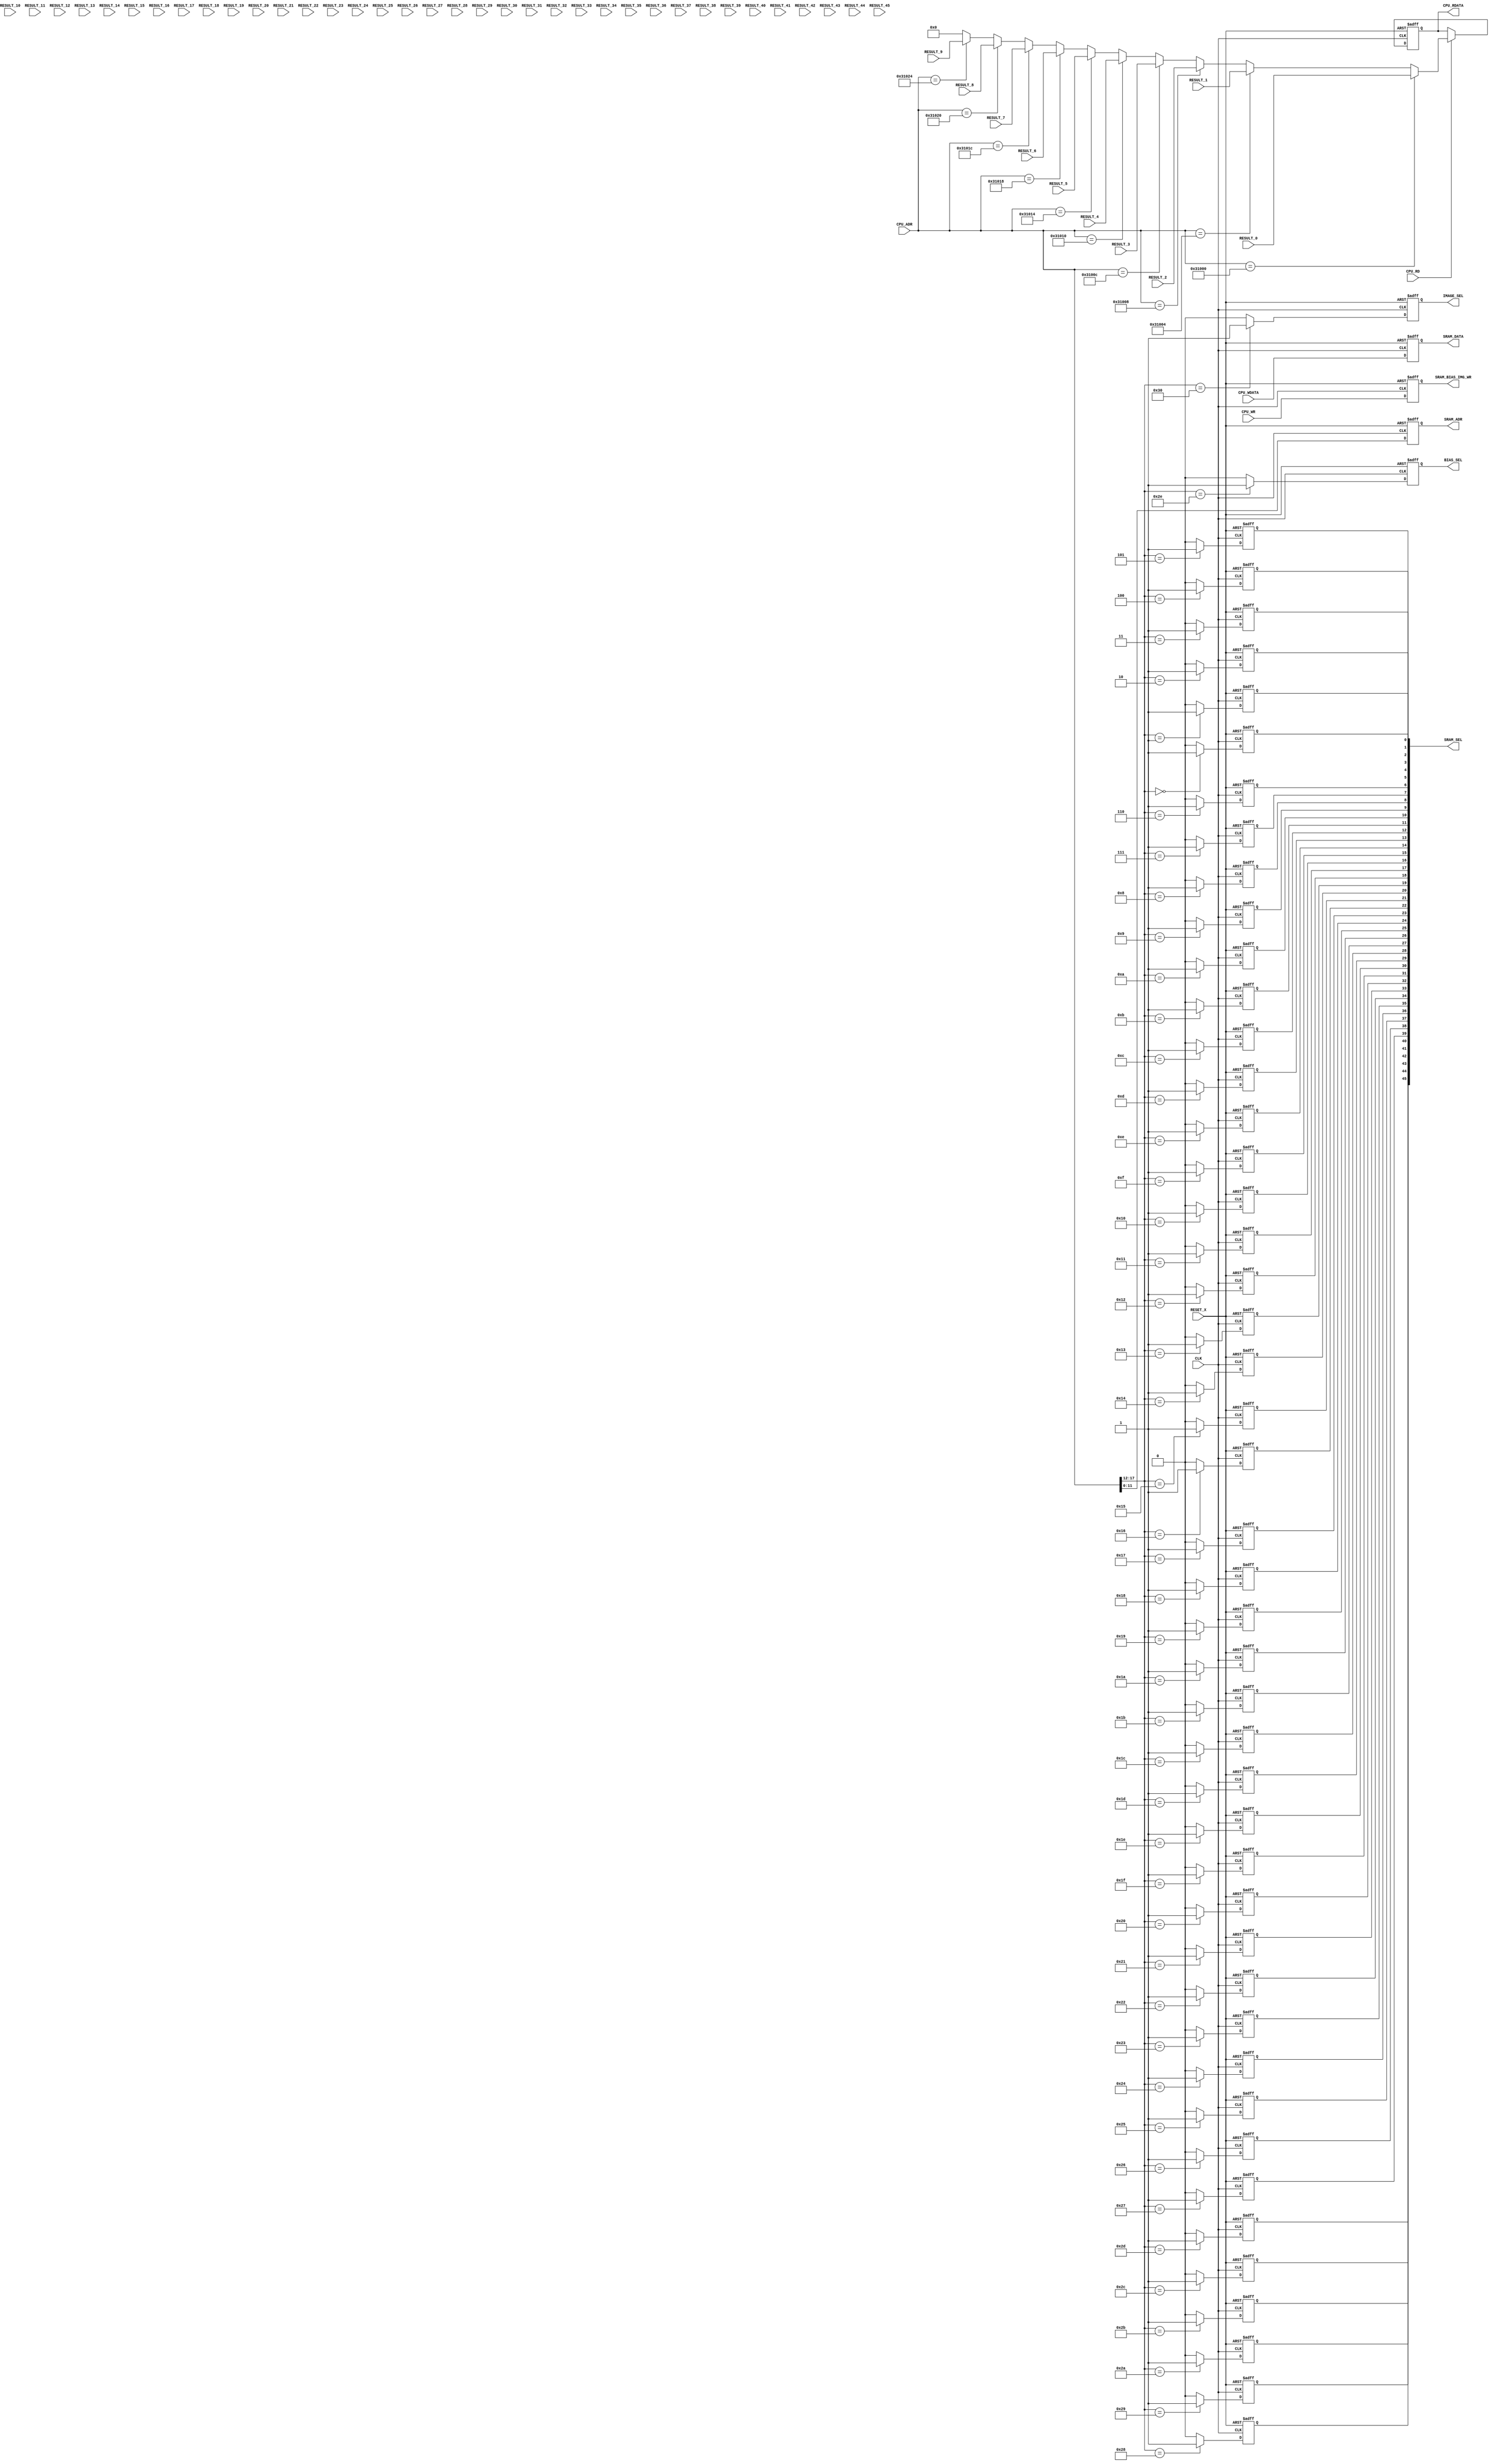
module cpu_if
  (
   input 	     CLK,
   input 	     RESET_X,

   input 	     CPU_WR,
   input 	     CPU_RD,
   input [17:0]      CPU_ADR,
   input [31:0]      CPU_WDATA,
   output reg [31:0] CPU_RDATA,

   output reg [11:0] SRAM_ADR,
   output reg [45:0] SRAM_SEL,
   output reg 	     BIAS_SEL,
   output reg 	     IMAGE_SEL,
   output reg 	     SRAM_BIAS_IMG_WR,
   output reg [31:0] SRAM_DATA,
   
   input [31:0]      RESULT_0,
   input [31:0]      RESULT_1,
   input [31:0]      RESULT_2,
   input [31:0]      RESULT_3,
   input [31:0]      RESULT_4,
   input [31:0]      RESULT_5,
   input [31:0]      RESULT_6,
   input [31:0]      RESULT_7,
   input [31:0]      RESULT_8,
   input [31:0]      RESULT_9,
   input [31:0]      RESULT_10,
   input [31:0]      RESULT_11,
   input [31:0]      RESULT_12,
   input [31:0]      RESULT_13,
   input [31:0]      RESULT_14,
   input [31:0]      RESULT_15,
   input [31:0]      RESULT_16,
   input [31:0]      RESULT_17,
   input [31:0]      RESULT_18,
   input [31:0]      RESULT_19,
   input [31:0]      RESULT_20,
   input [31:0]      RESULT_21,
   input [31:0]      RESULT_22,
   input [31:0]      RESULT_23,
   input [31:0]      RESULT_24,
   input [31:0]      RESULT_25,
   input [31:0]      RESULT_26,
   input [31:0]      RESULT_27,
   input [31:0]      RESULT_28,
   input [31:0]      RESULT_29,
   input [31:0]      RESULT_30,
   input [31:0]      RESULT_31,
   input [31:0]      RESULT_32,
   input [31:0]      RESULT_33,
   input [31:0]      RESULT_34,
   input [31:0]      RESULT_35,
   input [31:0]      RESULT_36,
   input [31:0]      RESULT_37,
   input [31:0]      RESULT_38,
   input [31:0]      RESULT_39, 
   input [31:0]      RESULT_40,
   input [31:0]      RESULT_41,
   input [31:0]      RESULT_42,
   input [31:0]      RESULT_43,
   input [31:0]      RESULT_44,
   input [31:0]      RESULT_45
   );

   always @(posedge CLK or negedge RESET_X)begin
      if(RESET_X == 0)begin
	 SRAM_SEL[0] <= 0;
      end else if (CPU_ADR[17:12] == 6'h00)begin
	 SRAM_SEL[0] <= 1;
      end else begin
	 SRAM_SEL[0] <= 0;
      end
   end

   always @(posedge CLK or negedge RESET_X)begin
      if(RESET_X == 0)begin
	 SRAM_SEL[1] <= 0;
      end else if (CPU_ADR[17:12] == 6'h01)begin
	 SRAM_SEL[1] <= 1;
      end else begin
	 SRAM_SEL[1] <= 0;
      end
   end

   always @(posedge CLK or negedge RESET_X)begin
      if(RESET_X == 0)begin
	 SRAM_SEL[2] <= 0;
      end else if (CPU_ADR[17:12] == 6'h02)begin
	 SRAM_SEL[2] <= 1;
      end else begin
	 SRAM_SEL[2] <= 0;
      end
   end

   always @(posedge CLK or negedge RESET_X)begin
      if(RESET_X == 0)begin
	 SRAM_SEL[3] <= 0;
      end else if (CPU_ADR[17:12] == 6'h03)begin
	 SRAM_SEL[3] <= 1;
      end else begin
	 SRAM_SEL[3] <= 0;
      end
   end

   always @(posedge CLK or negedge RESET_X)begin
      if(RESET_X == 0)begin
	 SRAM_SEL[4] <= 0;
      end else if (CPU_ADR[17:12] == 6'h04)begin
	 SRAM_SEL[4] <= 1;
      end else begin
	 SRAM_SEL[4] <= 0;
      end
   end

   always @(posedge CLK or negedge RESET_X)begin
      if(RESET_X == 0)begin
	 SRAM_SEL[5] <= 0;
      end else if (CPU_ADR[17:12] == 6'h05)begin
	 SRAM_SEL[5] <= 1;
      end else begin
	 SRAM_SEL[5] <= 0;
      end
   end

   always @(posedge CLK or negedge RESET_X)begin
      if(RESET_X == 0)begin
	 SRAM_SEL[6] <= 0;
      end else if (CPU_ADR[17:12] == 6'h06)begin
	 SRAM_SEL[6] <= 1;
      end else begin
	 SRAM_SEL[6] <= 0;
      end
   end

   always @(posedge CLK or negedge RESET_X)begin
      if(RESET_X == 0)begin
	 SRAM_SEL[7] <= 0;
      end else if (CPU_ADR[17:12] == 6'h07)begin
	 SRAM_SEL[7] <= 1;
      end else begin
	 SRAM_SEL[7] <= 0;
      end
   end

   always @(posedge CLK or negedge RESET_X)begin
      if(RESET_X == 0)begin
	 SRAM_SEL[8] <= 0;
      end else if (CPU_ADR[17:12] == 6'h08)begin
	 SRAM_SEL[8] <= 1;
      end else begin
	 SRAM_SEL[8] <= 0;
      end
   end

   always @(posedge CLK or negedge RESET_X)begin
      if(RESET_X == 0)begin
	 SRAM_SEL[9] <= 0;
      end else if (CPU_ADR[17:12] == 6'h09)begin
	 SRAM_SEL[9] <= 1;
      end else begin
	 SRAM_SEL[9] <= 0;
      end
   end

   always @(posedge CLK or negedge RESET_X)begin
      if(RESET_X == 0)begin
	 SRAM_SEL[10] <= 0;
      end else if (CPU_ADR[17:12] == 6'h0a)begin
	 SRAM_SEL[10] <= 1;
      end else begin
	 SRAM_SEL[10] <= 0;
      end
   end

   always @(posedge CLK or negedge RESET_X)begin
      if(RESET_X == 0)begin
	 SRAM_SEL[11] <= 0;
      end else if (CPU_ADR[17:12] == 6'h0b)begin
	 SRAM_SEL[11] <= 1;
      end else begin
	 SRAM_SEL[11] <= 0;
      end
   end

   always @(posedge CLK or negedge RESET_X)begin
      if(RESET_X == 0)begin
	 SRAM_SEL[12] <= 0;
      end else if (CPU_ADR[17:12] == 6'h0c)begin
	 SRAM_SEL[12] <= 1;
      end else begin
	 SRAM_SEL[12] <= 0;
      end
   end

   always @(posedge CLK or negedge RESET_X)begin
      if(RESET_X == 0)begin
	 SRAM_SEL[13] <= 0;
      end else if (CPU_ADR[17:12] == 6'h0d)begin
	 SRAM_SEL[13] <= 1;
      end else begin
	 SRAM_SEL[13] <= 0;
      end
   end

   always @(posedge CLK or negedge RESET_X)begin
      if(RESET_X == 0)begin
	 SRAM_SEL[14] <= 0;
      end else if (CPU_ADR[17:12] == 6'h0e)begin
	 SRAM_SEL[14] <= 1;
      end else begin
	 SRAM_SEL[14] <= 0;
      end
   end

   always @(posedge CLK or negedge RESET_X)begin
      if(RESET_X == 0)begin
	 SRAM_SEL[15] <= 0;
      end else if (CPU_ADR[17:12] == 6'h0f)begin
	 SRAM_SEL[15] <= 1;
      end else begin
	 SRAM_SEL[15] <= 0;
      end
   end

   always @(posedge CLK or negedge RESET_X)begin
      if(RESET_X == 0)begin
	 SRAM_SEL[16] <= 0;
      end else if (CPU_ADR[17:12] == 6'h10)begin
	 SRAM_SEL[16] <= 1;
      end else begin
	 SRAM_SEL[16] <= 0;
      end
   end

   always @(posedge CLK or negedge RESET_X)begin
      if(RESET_X == 0)begin
	 SRAM_SEL[17] <= 0;
      end else if (CPU_ADR[17:12] == 6'h11)begin
	 SRAM_SEL[17] <= 1;
      end else begin
	 SRAM_SEL[17] <= 0;
      end
   end

   always @(posedge CLK or negedge RESET_X)begin
      if(RESET_X == 0)begin
	 SRAM_SEL[18] <= 0;
      end else if (CPU_ADR[17:12] == 6'h12)begin
	 SRAM_SEL[18] <= 1;
      end else begin
	 SRAM_SEL[18] <= 0;
      end
   end

   always @(posedge CLK or negedge RESET_X)begin
      if(RESET_X == 0)begin
	 SRAM_SEL[19] <= 0;
      end else if (CPU_ADR[17:12] == 6'h13)begin
	 SRAM_SEL[19] <= 1;
      end else begin
	 SRAM_SEL[19] <= 0;
      end
   end

   always @(posedge CLK or negedge RESET_X)begin
      if(RESET_X == 0)begin
	 SRAM_SEL[20] <= 0;
      end else if (CPU_ADR[17:12] == 6'h14)begin
	 SRAM_SEL[20] <= 1;
      end else begin
	 SRAM_SEL[20] <= 0;
      end
   end

   always @(posedge CLK or negedge RESET_X)begin
      if(RESET_X == 0)begin
	 SRAM_SEL[21] <= 0;
      end else if (CPU_ADR[17:12] == 6'h15)begin
	 SRAM_SEL[21] <= 1;
      end else begin
	 SRAM_SEL[21] <= 0;
      end
   end

   always @(posedge CLK or negedge RESET_X)begin
      if(RESET_X == 0)begin
	 SRAM_SEL[22] <= 0;
      end else if (CPU_ADR[17:12] == 6'h16)begin
	 SRAM_SEL[22] <= 1;
      end else begin
	 SRAM_SEL[22] <= 0;
      end
   end

   always @(posedge CLK or negedge RESET_X)begin
      if(RESET_X == 0)begin
	 SRAM_SEL[23] <= 0;
      end else if (CPU_ADR[17:12] == 6'h17)begin
	 SRAM_SEL[23] <= 1;
      end else begin
	 SRAM_SEL[23] <= 0;
      end
   end

   always @(posedge CLK or negedge RESET_X)begin
      if(RESET_X == 0)begin
	 SRAM_SEL[24] <= 0;
      end else if (CPU_ADR[17:12] == 6'h18)begin
	 SRAM_SEL[24] <= 1;
      end else begin
	 SRAM_SEL[24] <= 0;
      end
   end

   always @(posedge CLK or negedge RESET_X)begin
      if(RESET_X == 0)begin
	 SRAM_SEL[25] <= 0;
      end else if (CPU_ADR[17:12] == 6'h19)begin
	 SRAM_SEL[25] <= 1;
      end else begin
	 SRAM_SEL[25] <= 0;
      end
   end

   always @(posedge CLK or negedge RESET_X)begin
      if(RESET_X == 0)begin
	 SRAM_SEL[26] <= 0;
      end else if (CPU_ADR[17:12] == 6'h1a)begin
	 SRAM_SEL[26] <= 1;
      end else begin
	 SRAM_SEL[26] <= 0;
      end
   end

   always @(posedge CLK or negedge RESET_X)begin
      if(RESET_X == 0)begin
	 SRAM_SEL[27] <= 0;
      end else if (CPU_ADR[17:12] == 6'h1b)begin
	 SRAM_SEL[27] <= 1;
      end else begin
	 SRAM_SEL[27] <= 0;
      end
   end

   always @(posedge CLK or negedge RESET_X)begin
      if(RESET_X == 0)begin
	 SRAM_SEL[28] <= 0;
      end else if (CPU_ADR[17:12] == 6'h1c)begin
	 SRAM_SEL[28] <= 1;
      end else begin
	 SRAM_SEL[28] <= 0;
      end
   end

   always @(posedge CLK or negedge RESET_X)begin
      if(RESET_X == 0)begin
	 SRAM_SEL[29] <= 0;
      end else if (CPU_ADR[17:12] == 6'h1d)begin
	 SRAM_SEL[29] <= 1;
      end else begin
	 SRAM_SEL[29] <= 0;
      end
   end

   always @(posedge CLK or negedge RESET_X)begin
      if(RESET_X == 0)begin
	 SRAM_SEL[30] <= 0;
      end else if (CPU_ADR[17:12] == 6'h1e)begin
	 SRAM_SEL[30] <= 1;
      end else begin
	 SRAM_SEL[30] <= 0;
      end
   end

   always @(posedge CLK or negedge RESET_X)begin
      if(RESET_X == 0)begin
	 SRAM_SEL[31] <= 0;
      end else if (CPU_ADR[17:12] == 6'h1f)begin
	 SRAM_SEL[31] <= 1;
      end else begin
	 SRAM_SEL[31] <= 0;
      end
   end

   always @(posedge CLK or negedge RESET_X)begin
      if(RESET_X == 0)begin
	 SRAM_SEL[32] <= 0;
      end else if (CPU_ADR[17:12] == 6'h20)begin
	 SRAM_SEL[32] <= 1;
      end else begin
	 SRAM_SEL[32] <= 0;
      end
   end

   always @(posedge CLK or negedge RESET_X)begin
      if(RESET_X == 0)begin
	 SRAM_SEL[33] <= 0;
      end else if (CPU_ADR[17:12] == 6'h21)begin
	 SRAM_SEL[33] <= 1;
      end else begin
	 SRAM_SEL[33] <= 0;
      end
   end

   always @(posedge CLK or negedge RESET_X)begin
      if(RESET_X == 0)begin
	 SRAM_SEL[34] <= 0;
      end else if (CPU_ADR[17:12] == 6'h22)begin
	 SRAM_SEL[34] <= 1;
      end else begin
	 SRAM_SEL[34] <= 0;
      end
   end

   always @(posedge CLK or negedge RESET_X)begin
      if(RESET_X == 0)begin
	 SRAM_SEL[35] <= 0;
      end else if (CPU_ADR[17:12] == 6'h23)begin
	 SRAM_SEL[35] <= 1;
      end else begin
	 SRAM_SEL[35] <= 0;
      end
   end

   always @(posedge CLK or negedge RESET_X)begin
      if(RESET_X == 0)begin
	 SRAM_SEL[36] <= 0;
      end else if (CPU_ADR[17:12] == 6'h24)begin
	 SRAM_SEL[36] <= 1;
      end else begin
	 SRAM_SEL[36] <= 0;
      end
   end

   always @(posedge CLK or negedge RESET_X)begin
      if(RESET_X == 0)begin
	 SRAM_SEL[37] <= 0;
      end else if (CPU_ADR[17:12] == 6'h25)begin
	 SRAM_SEL[37] <= 1;
      end else begin
	 SRAM_SEL[37] <= 0;
      end
   end

   always @(posedge CLK or negedge RESET_X)begin
      if(RESET_X == 0)begin
	 SRAM_SEL[38] <= 0;
      end else if (CPU_ADR[17:12] == 6'h26)begin
	 SRAM_SEL[38] <= 1;
      end else begin
	 SRAM_SEL[38] <= 0;
      end
   end

   always @(posedge CLK or negedge RESET_X)begin
      if(RESET_X == 0)begin
	 SRAM_SEL[39] <= 0;
      end else if (CPU_ADR[17:12] == 6'h27)begin
	 SRAM_SEL[39] <= 1;
      end else begin
	 SRAM_SEL[39] <= 0;
      end
   end

   always @(posedge CLK or negedge RESET_X)begin
      if(RESET_X == 0)begin
	 SRAM_SEL[40] <= 0;
      end else if (CPU_ADR[17:12] == 6'h28)begin
	 SRAM_SEL[40] <= 1;
      end else begin
	 SRAM_SEL[40] <= 0;
      end
   end

   always @(posedge CLK or negedge RESET_X)begin
      if(RESET_X == 0)begin
	 SRAM_SEL[41] <= 0;
      end else if (CPU_ADR[17:12] == 6'h29)begin
	 SRAM_SEL[41] <= 1;
      end else begin
	 SRAM_SEL[41] <= 0;
      end
   end

   always @(posedge CLK or negedge RESET_X)begin
      if(RESET_X == 0)begin
	 SRAM_SEL[42] <= 0;
      end else if (CPU_ADR[17:12] == 6'h2a)begin
	 SRAM_SEL[42] <= 1;
      end else begin
	 SRAM_SEL[42] <= 0;
      end
   end

   always @(posedge CLK or negedge RESET_X)begin
      if(RESET_X == 0)begin
	 SRAM_SEL[43] <= 0;
      end else if (CPU_ADR[17:12] == 6'h2b)begin
	 SRAM_SEL[43] <= 1;
      end else begin
	 SRAM_SEL[43] <= 0;
      end
   end

   always @(posedge CLK or negedge RESET_X)begin
      if(RESET_X == 0)begin
	 SRAM_SEL[44] <= 0;
      end else if (CPU_ADR[17:12] == 6'h2c)begin
	 SRAM_SEL[44] <= 1;
      end else begin
	 SRAM_SEL[44] <= 0;
      end
   end

   always @(posedge CLK or negedge RESET_X)begin
      if(RESET_X == 0)begin
	 SRAM_SEL[45] <= 0;
      end else if (CPU_ADR[17:12] == 6'h2d)begin
	 SRAM_SEL[45] <= 1;
      end else begin
	 SRAM_SEL[45] <= 0;
      end
   end



   always @(posedge CLK or negedge RESET_X)begin
      if(RESET_X == 0)begin
	 BIAS_SEL <= 0;
      end else if (CPU_ADR[17:12] == 6'h2e)begin
	 BIAS_SEL <= 1;
      end else begin
	 BIAS_SEL <= 0;
      end
   end

   always @(posedge CLK or negedge RESET_X)begin
      if(RESET_X == 0)begin
	 IMAGE_SEL <= 0;
      end else if (CPU_ADR[17:12] == 6'h30)begin
	 IMAGE_SEL <= 1;
      end else begin
	 IMAGE_SEL <= 0;
      end
   end

   always @(posedge CLK or negedge RESET_X)begin
      if(RESET_X == 0)begin
	 SRAM_BIAS_IMG_WR <= 0;
	 SRAM_DATA <= 32'h00000000;
	 SRAM_ADR <= 12'd0;	 
      end else begin
	 SRAM_BIAS_IMG_WR <= CPU_WR;
	 SRAM_DATA <= CPU_WDATA;
	 SRAM_ADR <= CPU_ADR[11:0];
      end
   end

   always @(posedge CLK or negedge RESET_X)begin
      if(RESET_X == 0)begin
	 CPU_RDATA    <= 32'h00000000;
      end else if(CPU_RD==1) begin
         if(CPU_ADR == 18'h31000) CPU_RDATA <= RESULT_0;
         else if(CPU_ADR == 18'h31004) CPU_RDATA <= RESULT_1;
         else if(CPU_ADR == 18'h31008) CPU_RDATA <= RESULT_2;
         else if(CPU_ADR == 18'h3100C) CPU_RDATA <= RESULT_3;
         else if(CPU_ADR == 18'h31010) CPU_RDATA <= RESULT_4;
         else if(CPU_ADR == 18'h31014) CPU_RDATA <= RESULT_5;
         else if(CPU_ADR == 18'h31018) CPU_RDATA <= RESULT_6;
         else if(CPU_ADR == 18'h3101C) CPU_RDATA <= RESULT_7;
         else if(CPU_ADR == 18'h31020) CPU_RDATA <= RESULT_8;
         else if(CPU_ADR == 18'h31024) CPU_RDATA <= RESULT_9;
         else if(CPU_ADR == 18'h31000) CPU_RDATA <= RESULT_10;
         else if(CPU_ADR == 18'h31004) CPU_RDATA <= RESULT_11;
         else if(CPU_ADR == 18'h31008) CPU_RDATA <= RESULT_12;
         else if(CPU_ADR == 18'h3100C) CPU_RDATA <= RESULT_13;
         else if(CPU_ADR == 18'h31010) CPU_RDATA <= RESULT_14;
         else if(CPU_ADR == 18'h31014) CPU_RDATA <= RESULT_15;
         else if(CPU_ADR == 18'h31018) CPU_RDATA <= RESULT_16;
         else if(CPU_ADR == 18'h3101C) CPU_RDATA <= RESULT_17;
         else if(CPU_ADR == 18'h31020) CPU_RDATA <= RESULT_18;
         else if(CPU_ADR == 18'h31024) CPU_RDATA <= RESULT_19;
         else if(CPU_ADR == 18'h31000) CPU_RDATA <= RESULT_20;
         else if(CPU_ADR == 18'h31004) CPU_RDATA <= RESULT_21;
         else if(CPU_ADR == 18'h31008) CPU_RDATA <= RESULT_22;
         else if(CPU_ADR == 18'h3100C) CPU_RDATA <= RESULT_23;
         else if(CPU_ADR == 18'h31010) CPU_RDATA <= RESULT_24;
         else if(CPU_ADR == 18'h31014) CPU_RDATA <= RESULT_25;
         else if(CPU_ADR == 18'h31018) CPU_RDATA <= RESULT_26;
         else if(CPU_ADR == 18'h3101C) CPU_RDATA <= RESULT_27;
         else if(CPU_ADR == 18'h31020) CPU_RDATA <= RESULT_28;
         else if(CPU_ADR == 18'h31024) CPU_RDATA <= RESULT_29;
         else if(CPU_ADR == 18'h31000) CPU_RDATA <= RESULT_30;
         else if(CPU_ADR == 18'h31004) CPU_RDATA <= RESULT_31;
         else if(CPU_ADR == 18'h31008) CPU_RDATA <= RESULT_32;
         else if(CPU_ADR == 18'h3100C) CPU_RDATA <= RESULT_33;
         else if(CPU_ADR == 18'h31010) CPU_RDATA <= RESULT_34;
         else if(CPU_ADR == 18'h31014) CPU_RDATA <= RESULT_35;
         else if(CPU_ADR == 18'h31018) CPU_RDATA <= RESULT_36;
         else if(CPU_ADR == 18'h3101C) CPU_RDATA <= RESULT_37;
         else if(CPU_ADR == 18'h31020) CPU_RDATA <= RESULT_38;
         else if(CPU_ADR == 18'h31024) CPU_RDATA <= RESULT_39;
         else if(CPU_ADR == 18'h31000) CPU_RDATA <= RESULT_40;
         else if(CPU_ADR == 18'h31004) CPU_RDATA <= RESULT_41;
         else if(CPU_ADR == 18'h31008) CPU_RDATA <= RESULT_42;
         else if(CPU_ADR == 18'h3100C) CPU_RDATA <= RESULT_43;
         else if(CPU_ADR == 18'h31010) CPU_RDATA <= RESULT_44;
         else if(CPU_ADR == 18'h31014) CPU_RDATA <= RESULT_45;
         else CPU_RDATA <= 32'h00000000;
      end
   end


   

   
endmodule // cpu_if